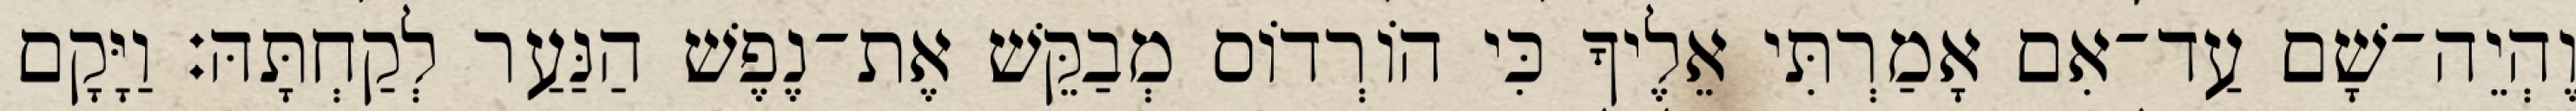
וֶהְיֵה־שָׁם עַד־אִם אָמַרְתִּי אֵלֶיךָ כִּי הוֹרְדוֹס מְבַקֵּשׁ אֶת־נֶפֶשׁ הַנַּעַר לְקַחְתָּהּ׃ וַיָּקָם